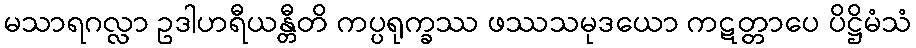
မသာရဂလ္လာ ဥဒါဟရီယန္တီတိ ကပ္ပရုက္ခဿ ဖဿသမုဒယော ကဋတ္တာပေ ပိဋ္ဌိမံသံ